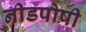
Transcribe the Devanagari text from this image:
नीडपोषी